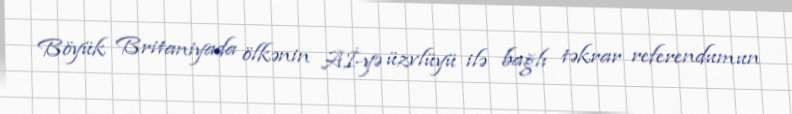
Böyük Britaniyada ölkənin Aİ-yə üzvlüyü ilə bağlı təkrar referendumun